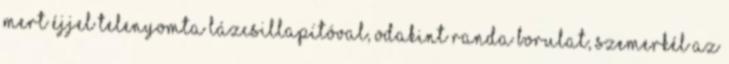
mert éjjel telenyomta lázcsillapítóval, odakint randa borulat, szemerkél az